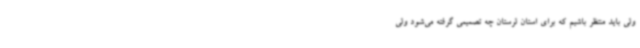
ولی باید منتظر باشیم که برای استان لرستان چه تصمیمی گرفته می‌شود ولی